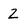
Character: 2